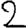
Digit: 2